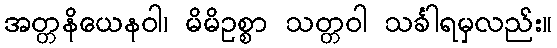
အတ္တနိယေနဝါ၊ မိမိဥစ္စာ သတ္တဝါ သင်္ခါရမှလည်း။